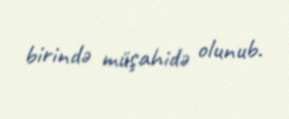
birində müşahidə olunub.